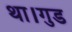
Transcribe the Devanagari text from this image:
था।गुड